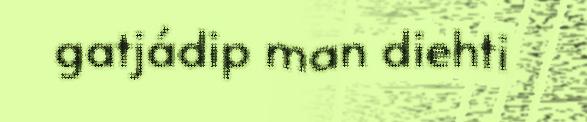
gatjádip man diehti